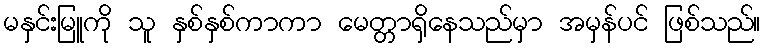
မနှင်းမြူကို သူ နှစ်နှစ်ကာကာ မေတ္တာရှိနေသည်မှာ အမှန်ပင် ဖြစ်သည်။